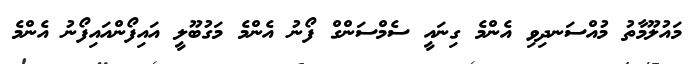
މައުލޫމާތު މުއްސަނދިވި އެންމެ ގިނައީ ސެމްސަންގް ފޯނު އެންމެ މަގުބޫލީ އައިފޯންއައިފޯނު އެންމެ